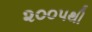
૨૦૦૫થી